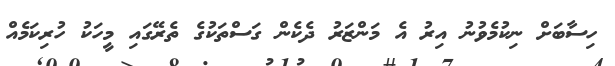
ހިސާބަށް ނިކުމެވުނު އިރު އެ މަންޒަރު ދެކެން ގަސްތަކުގެ ތެރޭގައި މީހަކު ހުރިކަމެއް